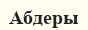
Абдеры